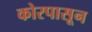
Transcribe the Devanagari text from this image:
कोरपासून